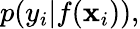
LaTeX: p(y_{i}|f(\mathbf{x}_{i})),